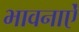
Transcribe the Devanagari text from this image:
भावनाऐं